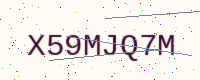
Text: X59MJQ7M